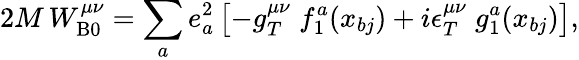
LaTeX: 2M\, W_{\mathrm{B}0}^{\mu\nu}=\sum_{a}e_{a}^{2}\left[-g_{T}^{\mu\nu}\; f_{1}^{a}(x_{bj})+i\epsilon_{T}^{\mu\nu}\; g_{1}^{a}(x_{bj})\right],